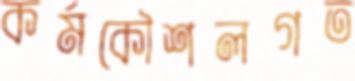
কর্মকৌশলগত